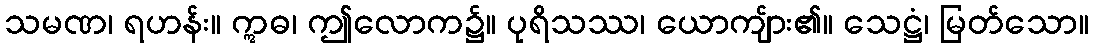
သမဏ၊ ရဟန်း။ ဣဓ၊ ဤလောက၌။ ပုရိသဿ၊ ယောကျ်ား၏။ သေဋ္ဌံ၊ မြတ်သော။